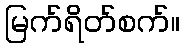
မြက်ရိတ်စက်။